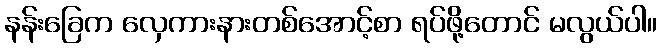
နန်းခြေက လှေကားနားတစ်အောင့်စာ ရပ်ဖို့တောင် မလွယ်ပါ။